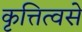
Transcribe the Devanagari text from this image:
कृत्तित्वसे